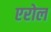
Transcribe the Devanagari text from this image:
एरोल